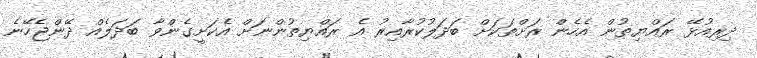
ދިރިއުޅޭ ރައްޔިތުން އެހެން ރަށްތަކަށް ބަދަލުކުރާއިރު އެ ރައްޔިތުންނަށް އެކަށީގެންވާ ބަދަލެއް ދޭންޖެހޭނެ